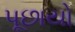
પૂછાયો